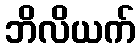
ဘိလိယက်